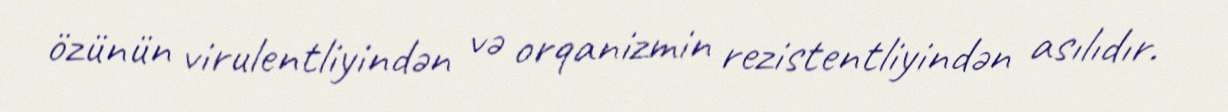
özünün virulentliyindən və orqanizmin rezistentliyindən asılıdır.